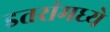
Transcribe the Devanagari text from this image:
इतरांमध्ये